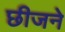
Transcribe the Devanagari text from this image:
छीजने